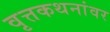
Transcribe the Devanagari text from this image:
वृत्तकथनांवर